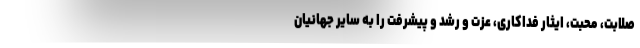
صلابت، محبت، ایثار فداکاری، عزت و رشد و پیشرفت را به سایر جهانیان